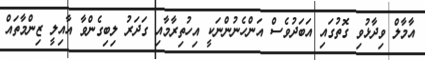
އާމާލް ވިދާޅުވި ގޮތުގައި އަބަދުވެސް އަންހެނުންނަކީ އިހުތިރާމާއި ގަދަރު ލިބިގެންވާ އާއިލީ ޒިންމާތައް